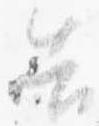
告